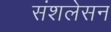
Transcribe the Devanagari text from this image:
संशलेसन